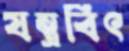
যন্ত্রবিৎ